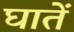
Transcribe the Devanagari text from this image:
घातें